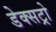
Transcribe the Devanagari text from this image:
डेक्सट्रो